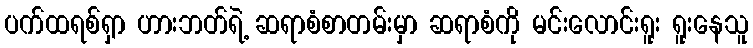
ပက်ထရစ်ရှာ ဟားဘတ်ရဲ့ ဆရာစံစာတမ်းမှာ ဆရာစံကို မင်းလောင်းရူး ရူးနေသူ